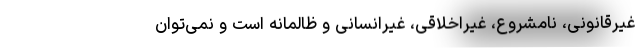
غیرقانونی، نامشروع، غیراخلاقی، غیرانسانی و ظالمانه است و نمی‌توان